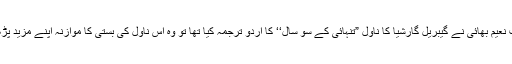
جب نعیم بھائی نے گیبریل گارشیا کا ناول ”تنہائی کے سو سال‘‘ کا اردو ترجمہ کیا تھا تو وہ اس ناول کی بستی کا موازنہ اپنے مزید پڑھیں